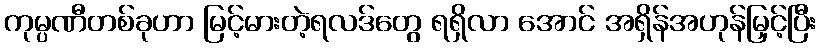
ကုမ္ပဏီတစ်ခုဟာ မြင့်မားတဲ့ရလဒ်တွေ ရရှိလာ အောင် အရှိန်အဟုန်မြှင့်ပြီး